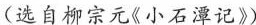
(选自柳宗元《小石潭记》)